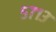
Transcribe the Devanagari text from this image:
५७१३